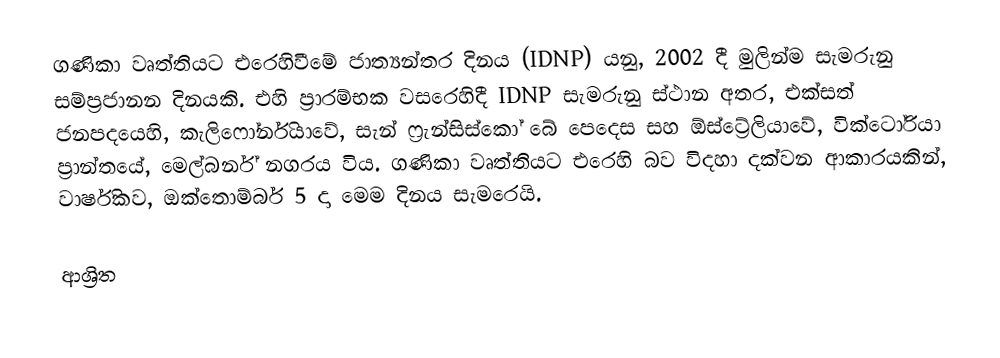
ගණිකා වෘත්තියට එරෙහිවීමේ ජාත්‍යන්තර දිනය (IDNP) යනු, 2002 දී මුලින්ම සැමරුනු   සම්ප්‍රජානන දිනයකි. එහි ප්‍රාරම්භක වසරෙහිදී IDNP සැමරුනු ස්ථාන  අතර,  එක්සත් ජනපදයෙහි, කැලිෆෝර්නියාවේ, සැන් ෆ්‍රැන්සිස්කෝ බේ පෙදෙස  සහ ඕස්ට්‍රේලියාවේ,  වික්ටෝරියා ප්‍රාන්තයේ, මෙල්බර්න් නගරය විය.  ගණිකා වෘත්තියට එරෙහි බව විදහා දක්වන ආකාරයකින්, වාර්ෂිකව, ඔක්තොම්බර් 5 දා  මෙම දිනය සැමරෙයි.

ආශ්‍රිත